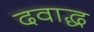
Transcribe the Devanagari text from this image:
दवाद्ध